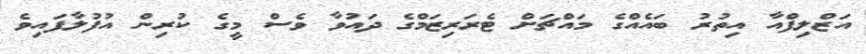
އަޒްލިފްއާ އިތުރު ބައެއްގެ މައްޗަށް ޓެރަރިޒަމްގެ ދައުވާ ވެސް މީގެ ކުރިން އުފުލާފައިވެ